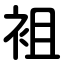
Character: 袓